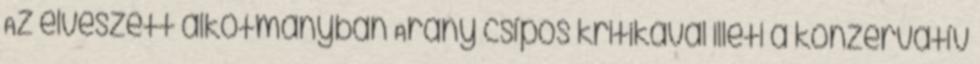
Az elveszett alkotmányban Arany csípős kritikával illeti a konzervatív